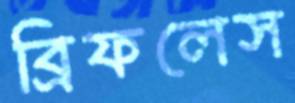
ব্রিফলেস